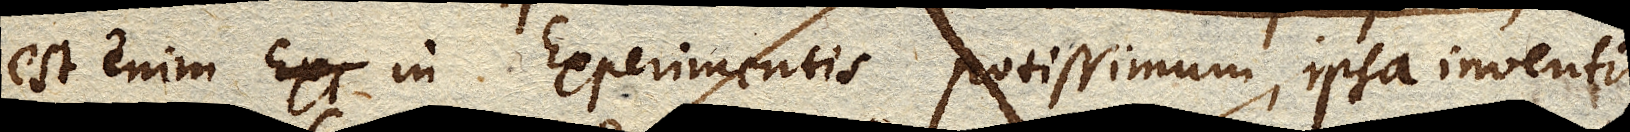
Est enim in Experimentis potissimum, ipsa inventio